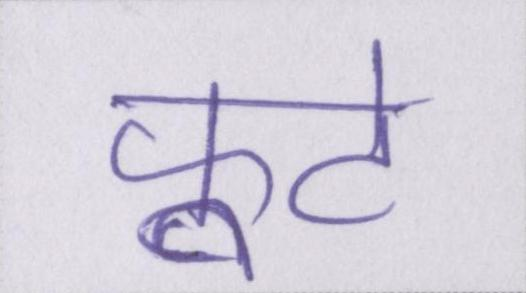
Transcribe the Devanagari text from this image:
फूटे